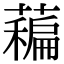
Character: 藊